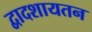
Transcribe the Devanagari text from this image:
द्वादशायतन